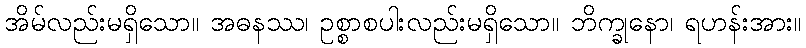
အိမ်လည်းမရှိသော။ အဓနဿ၊ ဥစ္စာစပါးလည်းမရှိသော။ ဘိက္ခုနော၊ ရဟန်းအား။